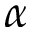
\alpha